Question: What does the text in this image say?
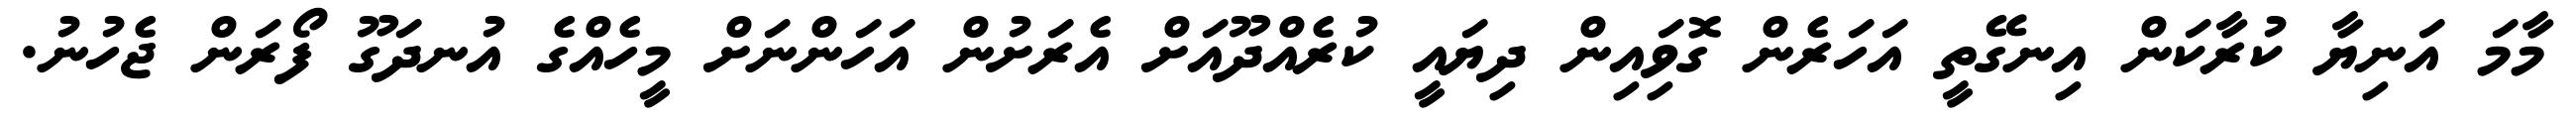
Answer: މާމަ އަނިޔާ ކުރާކަން އިނގޭތީ އަހަރެން ގޮވަިއިން ދިޔައީ ކުރެއްދޫއަށް އެރަށުން އަހަންނަށް މީހެއްގެ އުނދަގޫ ފޯރަން ޖެހުނު.